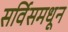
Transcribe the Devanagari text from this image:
सर्विसमधून